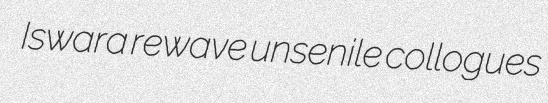
Iswara rewave unsenile collogues